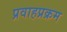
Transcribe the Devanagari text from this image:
प्रवाहप्रक्रम